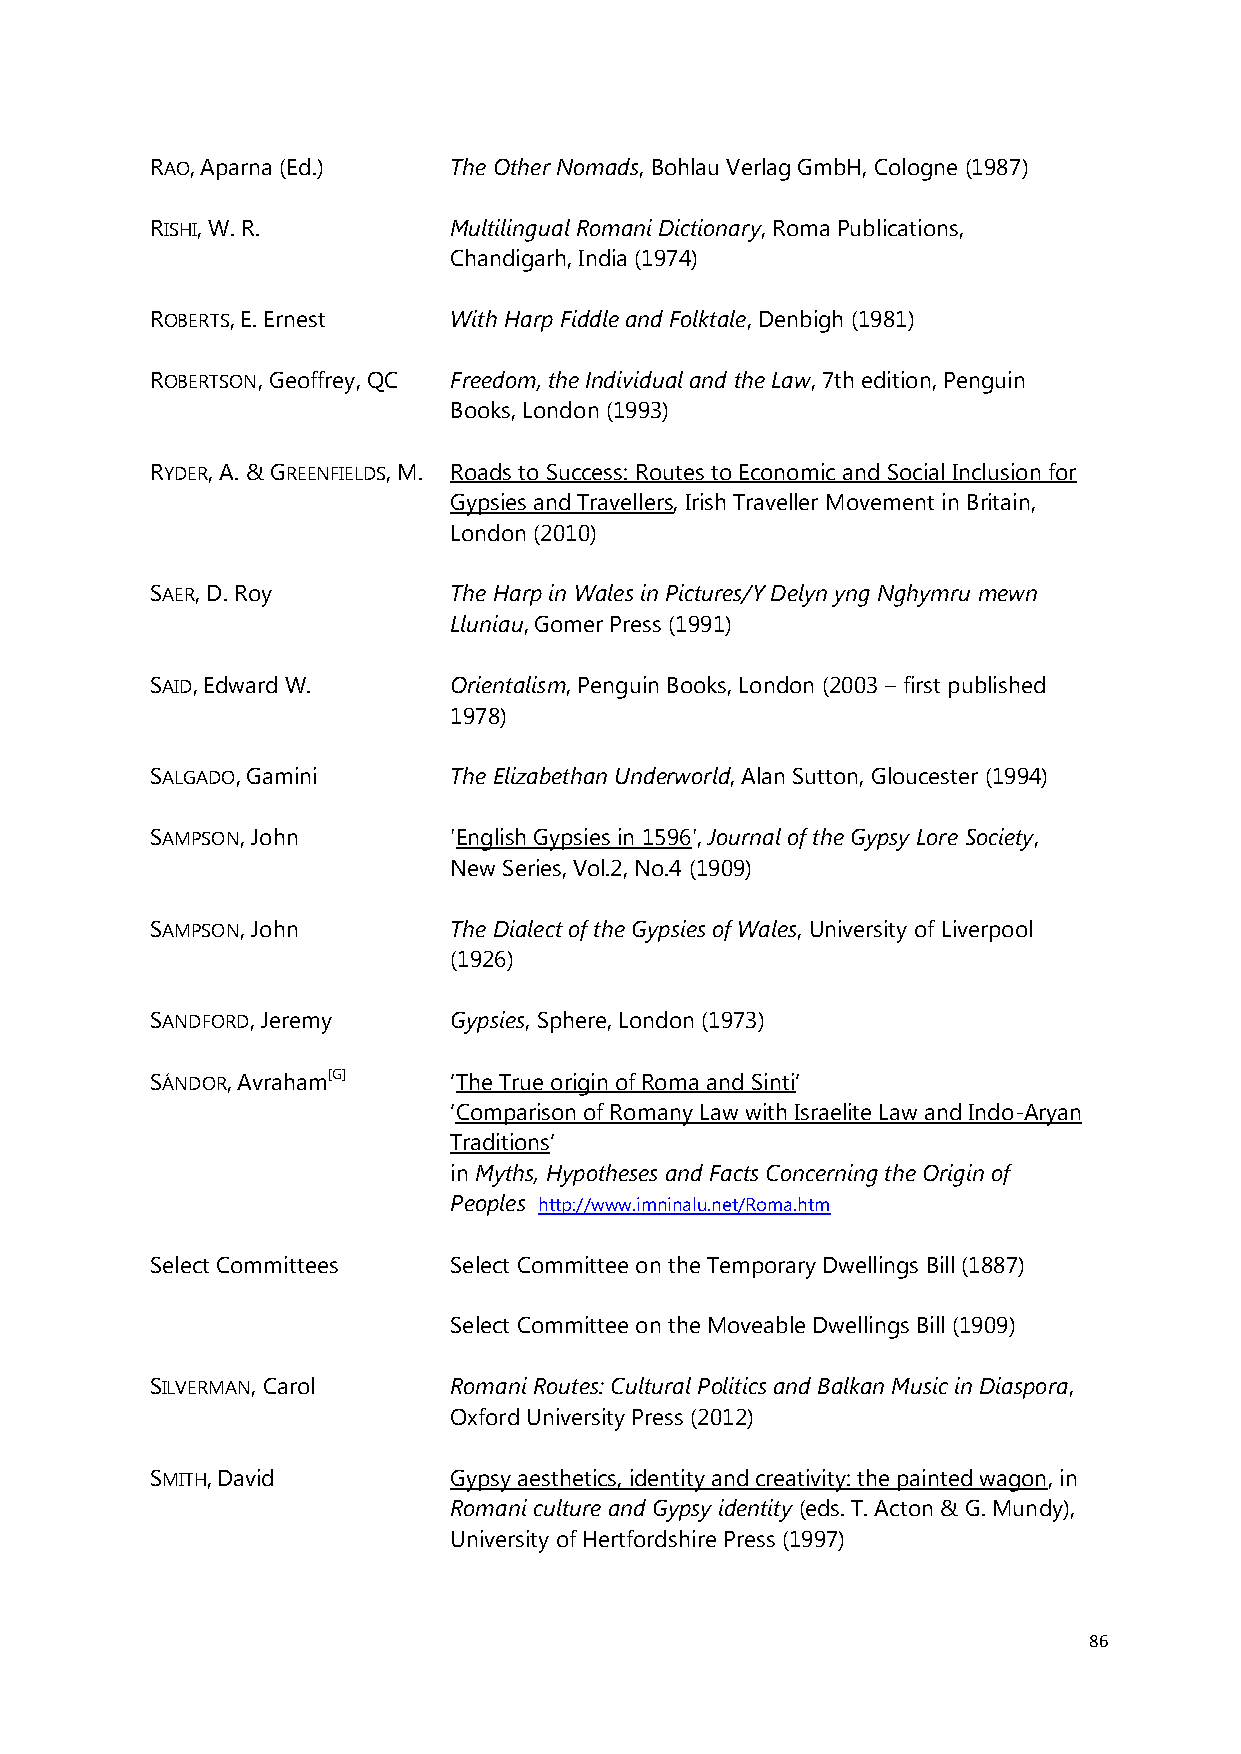
RAO, Aparna (Ed.)   The Other Nomads, Bohlau Verlag GmbH, Cologne (1987)
 RISHI, W. R.        Multilingual Romani Dictionary, Roma Publications,
 Chandigarh, India (1974)
 ROBERTS, E. Ernest  With Harp Fiddle and Folktale, Denbigh (1981)
 ROBERTSON, Geoffrey, QC Freedom, the Individual and the Law, 7th edition, Penguin
 Books, London (1993)
 RYDER, A. & GREENFIELDS, M. Roads to Success: Routes to Economic and Social Inclusion for
 Gypsies and Travellers, Irish Traveller Movement in Britain,
 London (2010)
 SAER, D. Roy        The Harp in Wales in Pictures/Y Delyn yng Nghymru mewn
 Lluniau, Gomer Press (1991)
 SAID, Edward W.     Orientalism, Penguin Books, London (2003 – first published
 1978)
 SALGADO, Gamini     The Elizabethan Underworld, Alan Sutton, Gloucester (1994)
 SAMPSON, John       'English Gypsies in 1596', Journal of the Gypsy Lore Society,
 New Series, Vol.2, No.4 (1909)
 SAMPSON, John       The Dialect of the Gypsies of Wales, University of Liverpool
 (1926)
 SANDFORD, Jeremy    Gypsies, Sphere, London (1973)
 SÁNDOR, Avraham[G]  ‘The True origin of Roma and Sinti’
 ‘Comparison of Romany Law with Israelite Law and Indo-Aryan
 Traditions’
 in Myths, Hypotheses and Facts Concerning the Origin of
 Peoples http://www.imninalu.net/Roma.htm
 Select Committees   Select Committee on the Temporary Dwellings Bill (1887)
 Select Committee on the Moveable Dwellings Bill (1909)
 SILVERMAN, Carol    Romani Routes: Cultural Politics and Balkan Music in Diaspora,
 Oxford University Press (2012)
 SMITH, David        Gypsy aesthetics, identity and creativity: the painted wagon, in
 Romani culture and Gypsy identity (eds. T. Acton & G. Mundy),
 University of Hertfordshire Press (1997)
 86